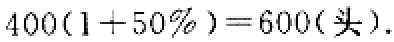
\(400(1 + 50\%) = 600(\text{头}).\)